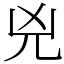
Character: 兇